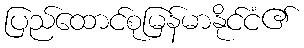
ပြည်ထောင်စုမြန်မာနိုင်ငံ၏